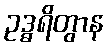
ဥဒ္ဓရိတွာန